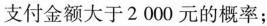
支付金额大于2000元的概率；